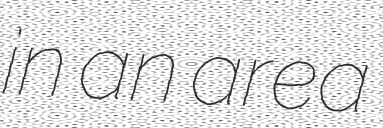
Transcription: in an area